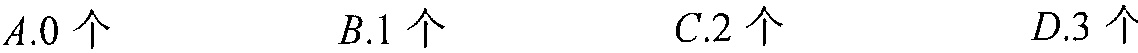
\(A.0\text{ 个}\qquad B.1\text{ 个}\qquad C.2\text{ 个}\qquad D.3\text{ 个}\)